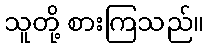
သူတို့ စားကြသည်။